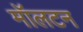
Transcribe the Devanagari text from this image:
मॉलटन